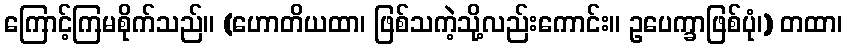
ကြောင့်ကြမစိုက်သည်။ (ဟောတိယထာ၊ ဖြစ်သကဲ့သို့လည်းကောင်း။ ဥပေက္ခာဖြစ်ပုံ၊) တထာ၊